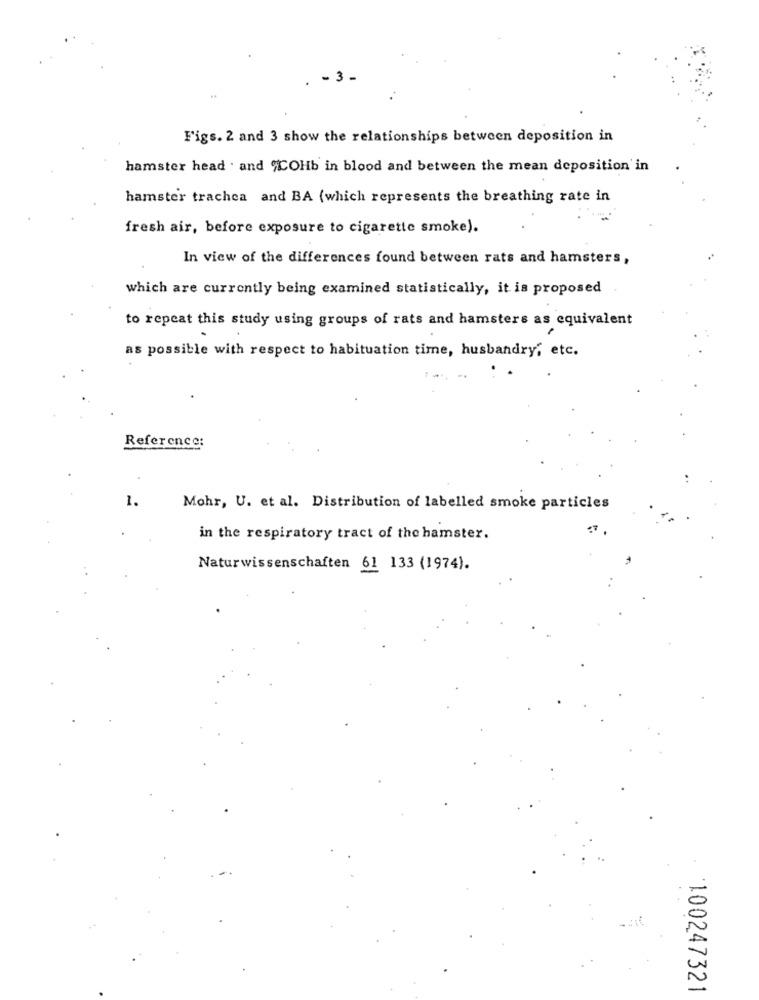
- 3
Figs. 2 and 3 show the relationships between deposition in
hamster head . and "COHb in blood and between the mean deposition in
hamster trachea and BA (which represents the breathing rate in
fresh air, before exposure to cigarette smoke).
In view of the differences found between rats and hamsters,
which are currently being examined statistically, it is proposed
to repeat this study using groups of rats and hamsters as equivalent
as possible with respect to habituation time, husbandry, etc.
Reference:
1.
Mohr, U. et al. Distribution of labelled smoke particles
in the respiratory tract of the hamster.
Naturwissenschaften 61 133 (1974).
100247321